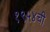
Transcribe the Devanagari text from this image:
१९५४ची